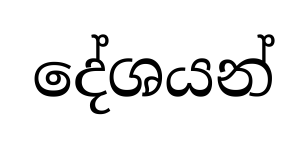
දේශයන්